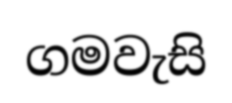
ගමවැසි